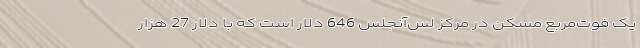
یک فوت‌مربع مسکن در مرکز لس‌آنجلس 646 دلار است که با دلار 27 هزار